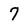
Character: 7